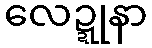
လေဍ္ဍုနာ